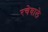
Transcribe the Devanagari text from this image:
रचेवाले